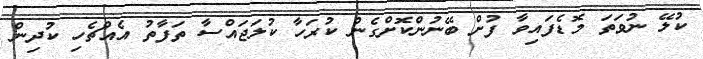
ކުލޭ ނުވަތަ މޮޑެފައިވާ ފުށް ބޭނުންކޮށްގެން ކުރަހާ ކުލަޖައްސާ ތަފާތު އެއްޗެހި ކުދިން